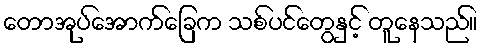
တောအုပ်အောက်ခြေက သစ်ပင်တွေနှင့် တူနေသည်။